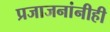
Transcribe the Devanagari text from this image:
प्रजाजनांनीही